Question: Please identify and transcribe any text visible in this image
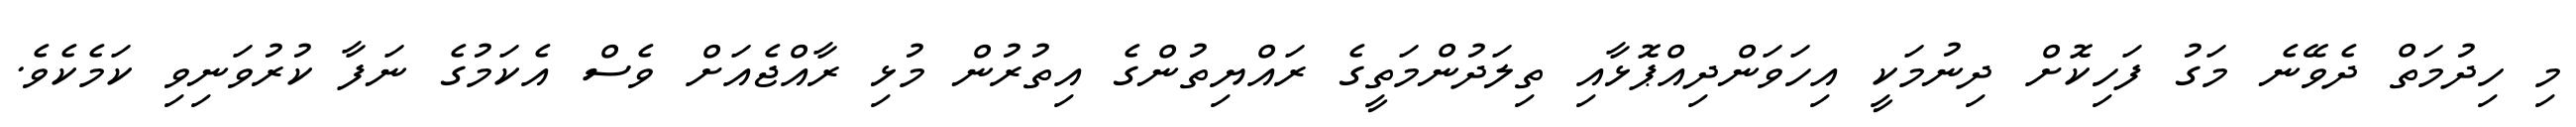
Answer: މި ހިދުމަތް ދެވޭނެ މަގު ފަހިކޮށް ދިނުމަކީ އިހަވަންދިއްޕޮޅާއި ތިލަދުންމަތީގެ ރައްޔިތުންގެ އިތުރުން މުޅި ރާއްޖެއަށް ވެސް އެކަމުގެ ނަފާ ކުރުވަނިވި ކަމެކެވެ.